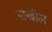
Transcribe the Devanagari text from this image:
सखील